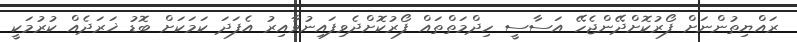
ރައްޔިތުންނަށް ފޯރުކޮށްދޭންޖެހޭ އަސާސީ ހިދްމަތްތައް ފޯރުކޮށްދެވިފައިނުވާއިރު އެފަދަ ކަމަކަށް ބޮޑު ޚަރަދެއް ކުރުމަކީ